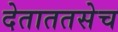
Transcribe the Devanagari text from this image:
देताततसेच